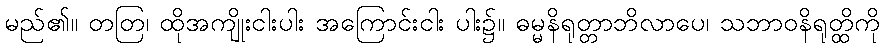
မည်၏။ တတြ၊ ထိုအကျိုးငါးပါး အကြောင်းငါး ပါး၌။ ဓမ္မနိရုတ္တာဘိလာပေ၊ သဘာဝနိရုတ္ထိကို